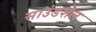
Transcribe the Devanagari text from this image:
साउंडशेल